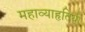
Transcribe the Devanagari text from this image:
महाव्याहृतियों